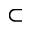
\subset